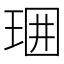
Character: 𤥪